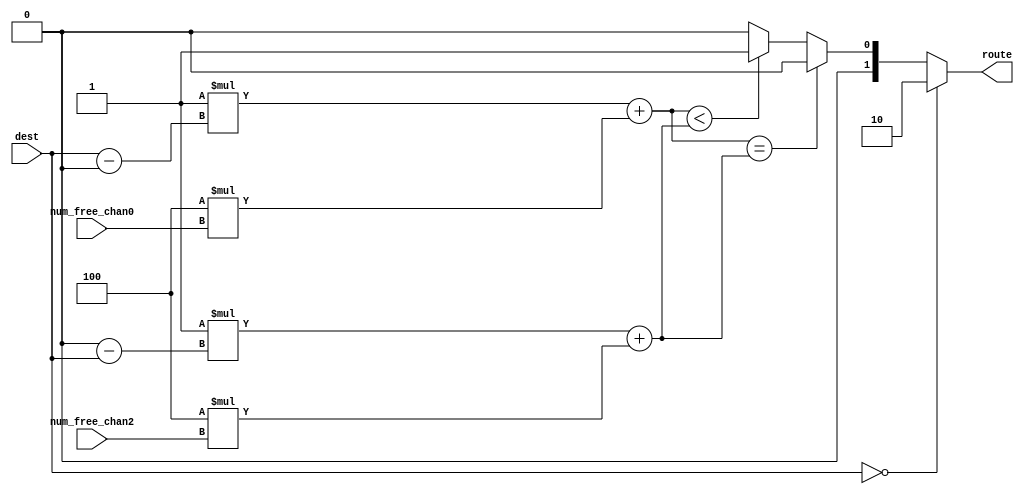
//========================================================================
// Adaptive Route Compute
//========================================================================

`ifndef PLAB4_NET_ADAPTIVE_ROUTE_COMPUTE_V
`define PLAB4_NET_ADAPTIVE_ROUTE_COMPUTE_V

`define ROUTE_PREV  2'b00
`define ROUTE_NEXT  2'b01
`define ROUTE_TERM  2'b10

module plab4_net_AdaptiveRouteCompute
#(
  parameter p_router_id   = 0,
  parameter p_num_routers = 8,

  parameter p_num_free_nbits = 2,

  // number of hops multiplier

  parameter p_hops_mult   = 1,

  // congestion multiplier

  parameter p_cong_mult   = 4,

  // parameter not meant to be set outside this module

  parameter c_dest_nbits = $clog2( p_num_routers )
)
(
  input [c_dest_nbits-1:0] dest,

  input [p_num_free_nbits-1:0] num_free_chan0,
  input [p_num_free_nbits-1:0] num_free_chan2,

  output reg [1:0]         route
);

  // calculate forward and backward hops

  wire [c_dest_nbits-1:0] forw_hops;
  wire [c_dest_nbits-1:0] backw_hops;

  assign forw_hops =  ( dest - p_router_id );
  assign backw_hops = ( p_router_id - dest );

  // we also calculate weight in each direction which takes both
  // congestion and number of hops into account

  wire [31:0] forw_weight;
  wire [31:0] backw_weight;

  assign forw_weight =  p_hops_mult * forw_hops +
                        p_cong_mult * num_free_chan0;
  assign backw_weight = p_hops_mult * backw_hops +
                        p_cong_mult * num_free_chan2;

  always @(*) begin
    if ( dest == p_router_id )
      route = `ROUTE_TERM;
    else if ( forw_weight == backw_weight )
      // when forward and backward weights are equal, we arbitrarily use
      // the router id to pick one direction
      route = ( p_router_id % 2 ? `ROUTE_NEXT : `ROUTE_PREV );
    else if ( forw_weight < backw_weight )
      route = `ROUTE_NEXT;
    else
      route = `ROUTE_PREV;
  end

endmodule

`endif /* PLAB4_NET_ADAPTIVE_ROUTE_COMPUTE_V */